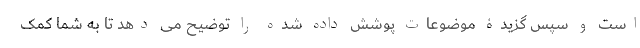
است و سپس گزیدۀ موضوعات پوشش داده شده را توضیح می دهد تا به شما کمک